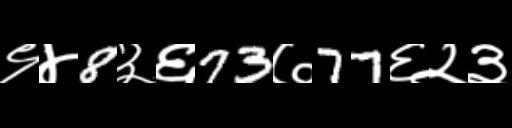
Text: ९४8३६73७77६२३